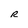
Character: R